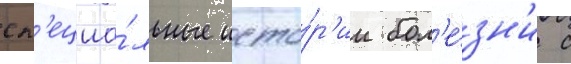
сп'ециа́льные исто́р'ии бол'е́зн'и с